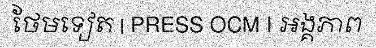
ថែមទៀត | PRESS OCM I អង្គភាព